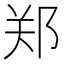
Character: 郑